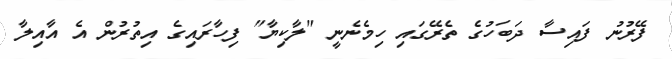
ފޭރުނު ފައިސާ ދަބަހުގެ ތެރޭގައި ހިމެނެނީ "ލާކިޔާ" ފިހާރައިގެ އިތުރުން އެ އާއިލާ